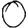
Digit: 0